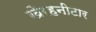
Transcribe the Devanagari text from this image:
खैरहनीटार